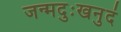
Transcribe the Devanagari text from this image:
जन्मदुःखनुदं